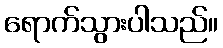
ရောက်သွားပါသည်။